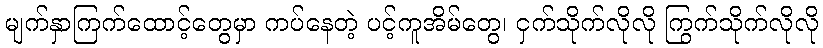
မျက်နှာကြက်ထောင့်တွေမှာ ကပ်နေတဲ့ ပင့်ကူအိမ်တွေ၊ ငှက်သိုက်လိုလို ကြွက်သိုက်လိုလို